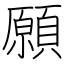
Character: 願